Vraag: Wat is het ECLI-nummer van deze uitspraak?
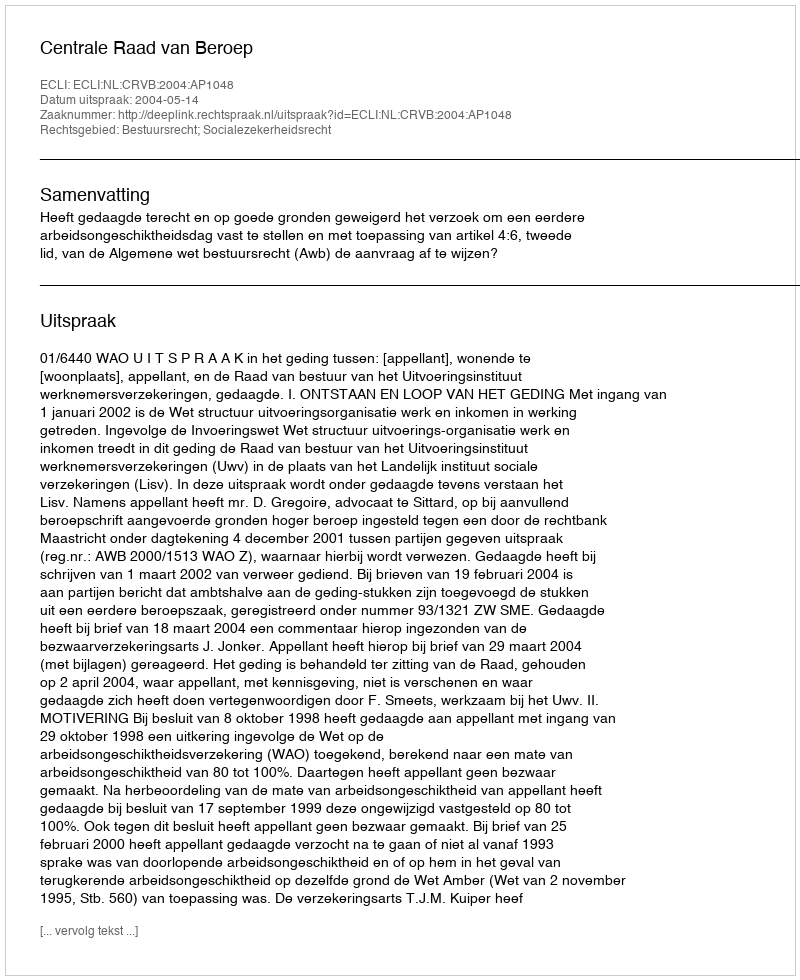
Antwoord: ECLI:NL:CRVB:2004:AP1048